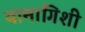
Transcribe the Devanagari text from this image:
यामागिशी